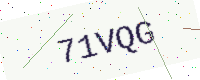
Text: 71VQG